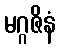
မဂ္ဂဇိနံ